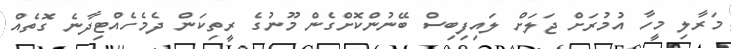
މަރާލި މީހާ އުމުރަށް ޖަލަށް ލައިފިބިސް ބޭނުންކޮށްގެން މޫނުގެ ރީތިކަން ދެމެހެއްޓިދާނެ ގޮތެއް